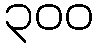
၃၀၀